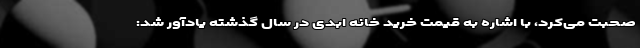
صحبت می‌کرد، با اشاره به قیمت خرید خانه ابدی در سال گذشته یادآور شد: